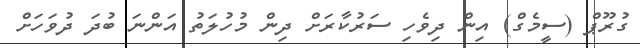
ގުރޫޕް (ސީމެގް) އިން ދިވެހި ސަރުކާރަށް ދިން މުހުލަތު އަންނަ ބުދަ ދުވަހަށް